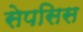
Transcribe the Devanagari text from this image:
सेपसिस